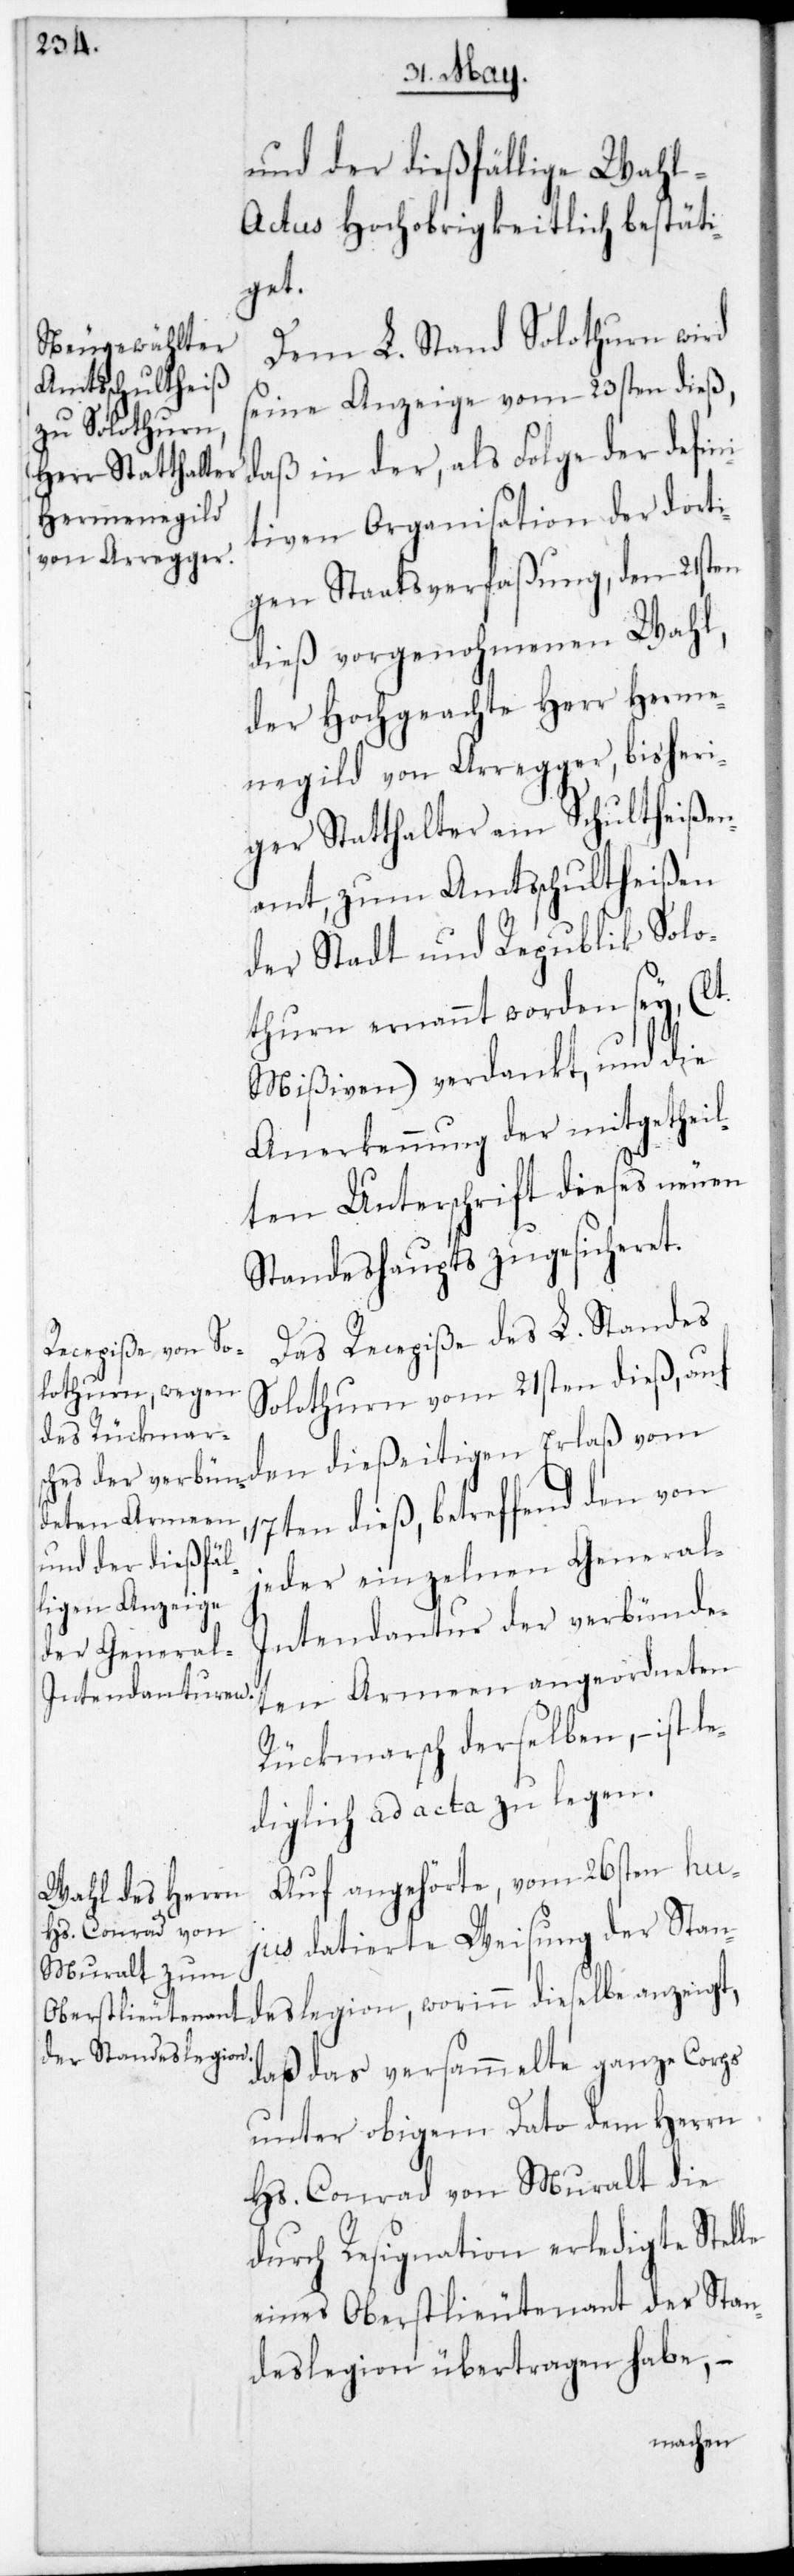
und der dießfällige Wah¬
l-Actus Hochobrigkeitlich bestäti¬
get.
Dem L. Stand Solothurn wird
seine Anzeige vom 23sten dieß,
daß in der, als Folge der defin¬
itiven Organisation der dorti¬
gen Staatsverfaßung, den 21sten
dieß vorgenohmenen Wahl,
der Hochgeachte Herr Herme¬
negild von Arregger, bisheri¬
ger Statthalter am Schultheißen¬
amt, zum Amtsschultheißen
der Stadt und Republik Solo¬
thurn ernannt worden sey (lt.
Mißiven) verdankt, und die
Anerkennung der mitgetheil¬
ten Unterschrift dieses neuen
Standeshaupts zugesicheret.
Das Recepiße des L. Standes
Solothurn vom 21sten dieß, auf
den dießeitigen Erlaß vom
17ten dieß, betreffend den von
jeder einzelnen General-I¬
ntendantur der verbündet¬
en Armeen angeordneten
Rückmarsch derselben, ist le¬
diglich ad acta zu legen.
Auf angehörte, vom 26sten hu¬
jus datierte Weisung der Stan¬
deslegion, worinn dieselbe anzeigt,
daß das versammelte ganze Corps
unter obigem Dato dem Herrn
Hs. Conrad von Muralt die
durch Resignation erledigte Stelle
eines Oberstlieutenant der Stan¬
deslegion übertragen habe, –